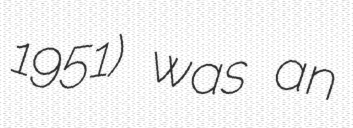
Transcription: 1951) was an